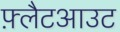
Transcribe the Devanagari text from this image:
फ़्लैटआउट